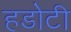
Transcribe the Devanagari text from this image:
हडोटी